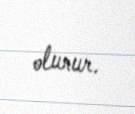
olunur.